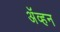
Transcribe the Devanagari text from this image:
अॅव्हन